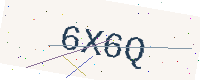
Text: 6X6Q